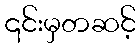
၎င်းမှတဆင့်